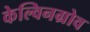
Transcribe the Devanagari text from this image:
केल्विनग्रोव